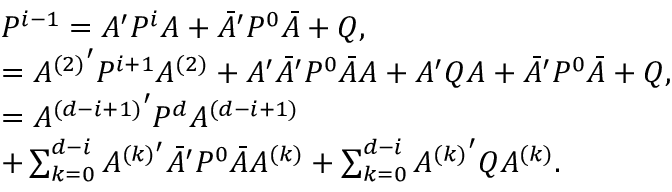
\begin{array} { r l } & { P ^ { i - 1 } = A ^ { \prime } P ^ { i } A + \bar { A } ^ { \prime } P ^ { 0 } \bar { A } + Q , } \\ & { = { A ^ { ( 2 ) } } ^ { \prime } P ^ { i + 1 } A ^ { ( 2 ) } + A ^ { \prime } \bar { A } ^ { \prime } P ^ { 0 } \bar { A } A + A ^ { \prime } Q A + \bar { A } ^ { \prime } P ^ { 0 } \bar { A } + Q , } \\ & { = { A ^ { ( d - i + 1 ) } } ^ { \prime } P ^ { d } A ^ { ( d - i + 1 ) } } \\ & { + \sum _ { k = 0 } ^ { d - i } A ^ { ( k ) ^ { \prime } } \bar { A } ^ { \prime } P ^ { 0 } \bar { A } A ^ { ( k ) } + \sum _ { k = 0 } ^ { d - i } { A ^ { ( k ) } } ^ { \prime } Q A ^ { ( k ) } . } \end{array}